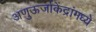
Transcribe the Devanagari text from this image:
अणुऊर्जाकेंद्रांमध्ये